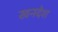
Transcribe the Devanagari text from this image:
खनदेश